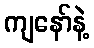
ကျနော်နဲ့